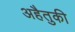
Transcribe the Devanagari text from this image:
अहैतुकी